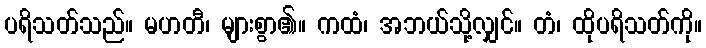
ပရိသတ်သည်။ မဟတီ၊ များစွာ၏။ ကထံ၊ အဘယ်သို့လျှင်။ တံ၊ ထိုပရိသတ်ကို။